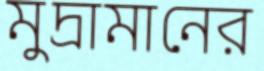
মুদ্রামানের